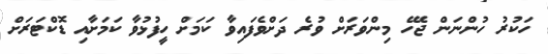
ހަކުރު ހުންނަން ޖެހޭ މިންވަރަށް ވުރެ ދަށްވެފައިވާ ކަމަށް ހީފުޅުވާ ކަމަށާއި ޑޮކްޓަރަށް